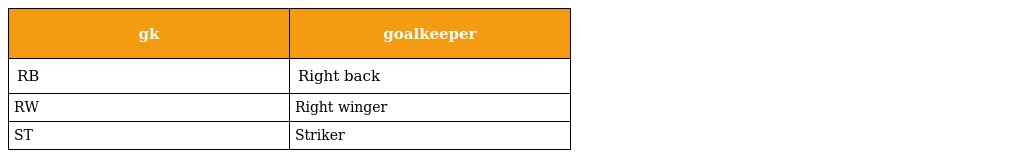
| gk | goalkeeper |
 | --- | --- |
 | RB | Right back |
 | RW | Right winger |
 | ST | Striker |